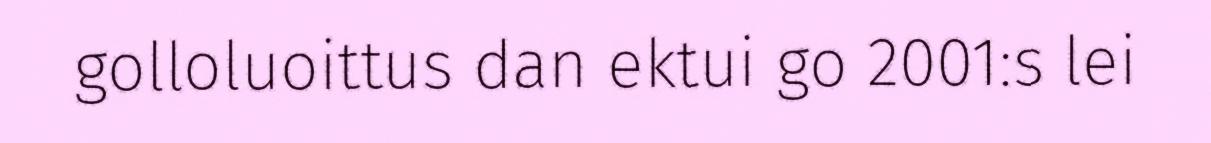
golloluoittus dan ektui go 2001:s lei